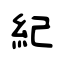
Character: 紀